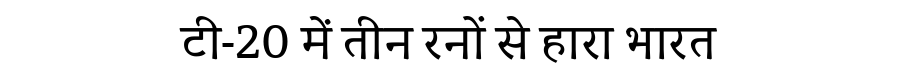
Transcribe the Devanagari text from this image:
टी-20 में तीन रनों से हारा भारत